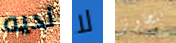
لديه لا نتجاوز